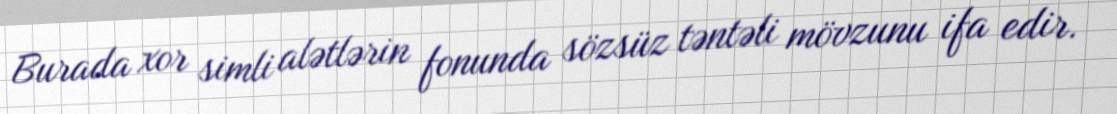
Burada xor simli alətlərin fonunda sözsüz təntəli mövzunu ifa edir.